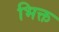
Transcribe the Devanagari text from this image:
भिक्त